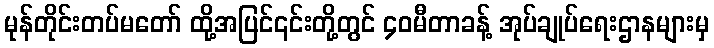
မုန်တိုင်းတပ်မတော် ထို့အပြင်၎င်းတို့တွင် ၄၀မီတာခန့် အုပ်ချုပ်ရေးဌာနများမှ